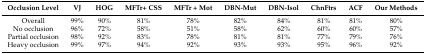
<table><thead><tr><td><b>Occlusion Level</b></td><td><b>VJ</b></td><td><b>HOG</b></td><td><b>MFTr + CSS</b></td><td><b>MFTr + Mot</b></td><td><b>DBN-Mut</b></td><td><b>DBN-Isol</b></td><td><b>ChnFtrs</b></td><td><b>ACF</b></td><td><b>Our Methods</b></td></tr></thead><tbody><tr><td>Overall</td><td>99%</td><td>90%</td><td>81%</td><td>78%</td><td>82%</td><td>84%</td><td>81%</td><td>81%</td><td>80%</td></tr><tr><td>No occlusion</td><td>96%</td><td>72%</td><td>58%</td><td>51%</td><td>58%</td><td>62%</td><td>60%</td><td>60%</td><td>57%</td></tr><tr><td>Partial occlusion</td><td>98%</td><td>92%</td><td>83%</td><td>78%</td><td>81%</td><td>81%</td><td>77%</td><td>79%</td><td>76%</td></tr><tr><td>Heavy occlusion</td><td>99%</td><td>97%</td><td>94%</td><td>92%</td><td>93%</td><td>93%</td><td>95%</td><td>96%</td><td>92%</td></tr></tbody></table>